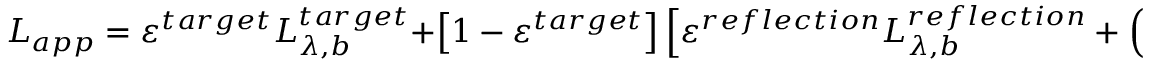
L _ { a p p } = \varepsilon ^ { t a r g e t } L _ { \lambda , b } ^ { t a r g e t } + \left[ 1 - \varepsilon ^ { t a r g e t } \right] \left[ \varepsilon ^ { r e f l e c t i o n } L _ { \lambda , b } ^ { r e f l e c t i o n } + \left( 1 - \varepsilon ^ { r e f l e c t i o n } \right) L _ { \lambda , b } ^ { w a l l } \right] \mathrm { . }